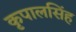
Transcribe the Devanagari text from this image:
कृपालसिंह